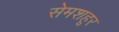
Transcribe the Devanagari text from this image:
सेमशहूर